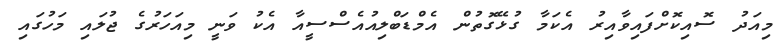
މިއަދު ސޮއިކޮށްފައިވާއިރު އެކަމާ ގުޅޭގޮތުން އެމްޑަބްލިއުއެސްސީއާ އެކު ވަނީ މިއަހަރުގެ ޖުލައި މަހުގައި